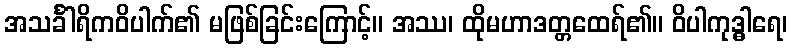
အသင်္ခါရိကဝိပါက်၏ မဖြစ်ခြင်းကြောင့်။ အဿ၊ ထိုမဟာဒတ္တထေရ်၏။ ဝိပါကုဒ္ဓါရေ၊